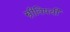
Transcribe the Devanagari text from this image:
स्त्रीविषयी